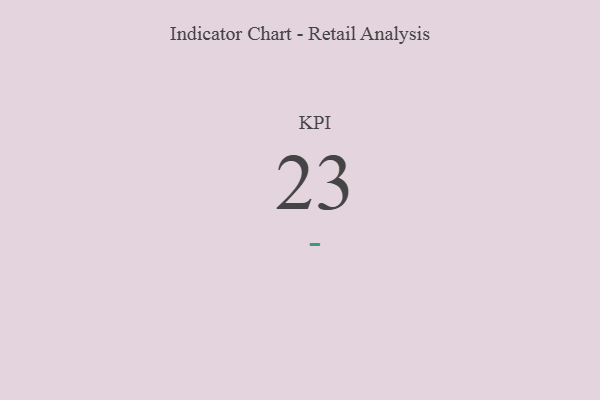
{"axis": {"x": "KPI", "y": "Value"}, "legend": [""], "data": [{"x": "KPI", "y": 23, "type": ""}]}